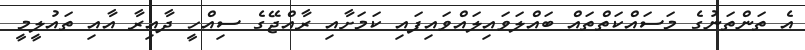
އެ ތަންތަނުގެ މަސައްކަތްތައް ބައްލަވައިލައްވައިފައި ކަމަށާއި ރާއްޖޭގެ ސިއްހީ ދާއިރާ އާއި ތައުލީމީ